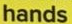
hands